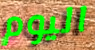
اليوم